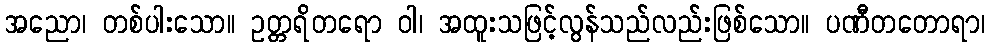
အညော၊ တစ်ပါးသော။ ဥတ္တရိတရော ဝါ၊ အထူးသဖြင့်လွန်သည်လည်းဖြစ်သော။ ပဏီတတောရာ၊